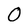
Character: O